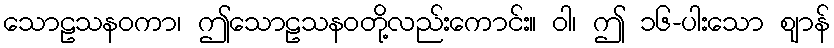
သောဠသနဝကာ၊ ဤသောဠသနဝတို့လည်းကောင်း။ ဝါ၊ ဤ ၁၆-ပါးသော ဈာန်